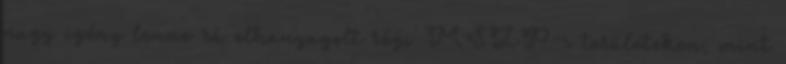
nagy igény lenne rá elhanyagolt régi MSZP-s területeken, mint